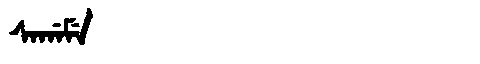
Manchu: ᠰᠠᡤᠠᠮᡝ
Romanization: SAGAME